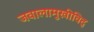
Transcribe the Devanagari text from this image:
जवालामुखीविद्